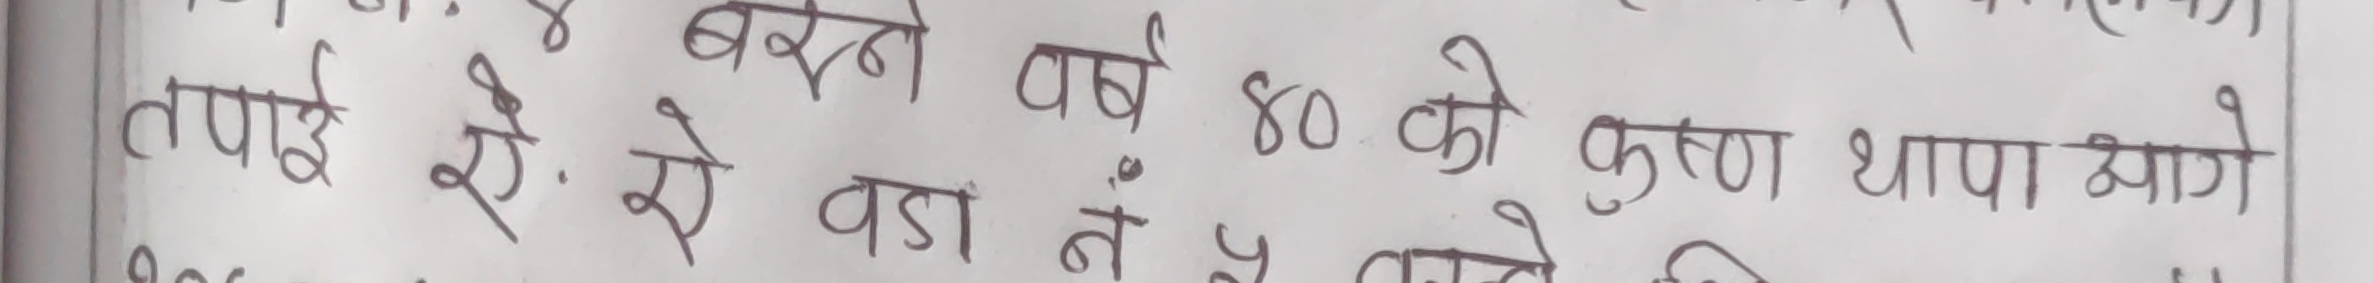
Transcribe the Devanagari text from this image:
तपाईं से. से बडा नें वर्ष ८० को कृपण थापा भागे।